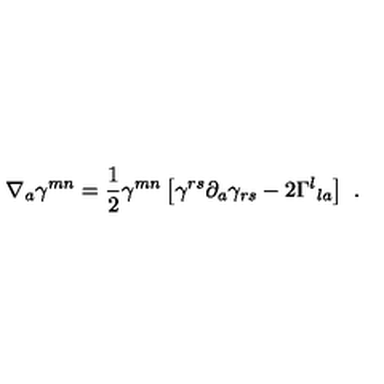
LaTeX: \nabla _ { a } \gamma ^ { m n } = { \frac { 1 } { 2 } } \gamma ^ { m n } \left[ \gamma ^ { r s } \partial _ { a } \gamma _ { r s } - 2 \Gamma ^ { l } { } _ { l a } \right] \ .